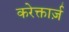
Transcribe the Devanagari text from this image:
करेक्तार्ज़